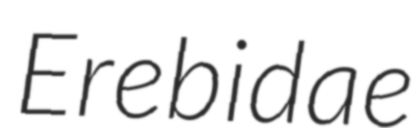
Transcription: Erebidae